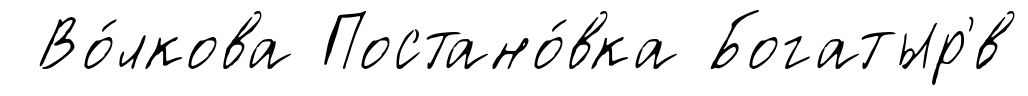
Во́лкова Постано́вка Богатыр'́в